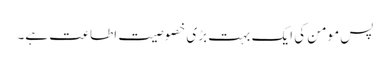
پس مومن کی ایک بہت بڑی خصوصیت اطاعت ہے۔